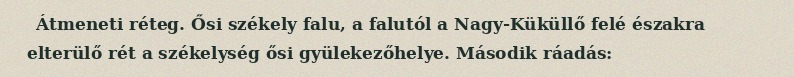
Átmeneti réteg. Ősi székely falu, a falutól a Nagy-Küküllő felé északra elterülő rét a székelység ősi gyülekezőhelye. Második ráadás: